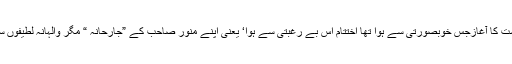
نشست کا آغازجس خوبصورتی سے ہوا تھا اختتام اس بے رغبتی سے ہوا‘ یعنی اپنے منور صاحب کے ”جارحانہ “ مگر والہانہ لطیفوں سے۔